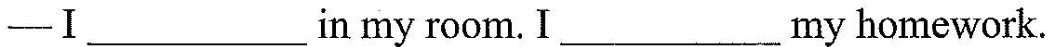
—I ___ in my room. I ___ my homework.